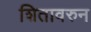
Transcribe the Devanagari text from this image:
शितावरुन